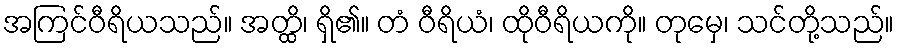
အကြင်ဝီရိယသည်။ အတ္ထိ၊ ရှိ၏။ တံ ဝီရိယံ၊ ထိုဝီရိယကို။ တုမှေ၊ သင်တို့သည်။